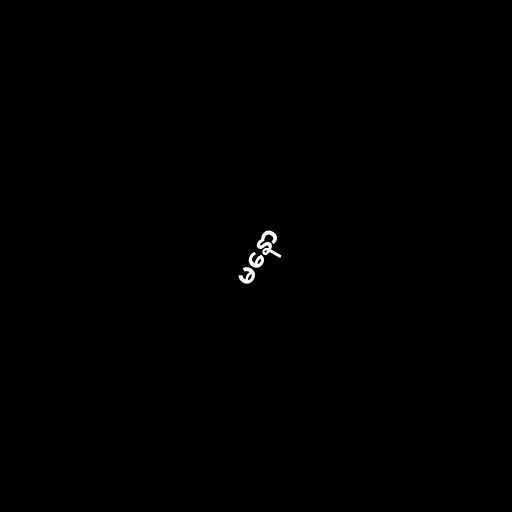
မနော